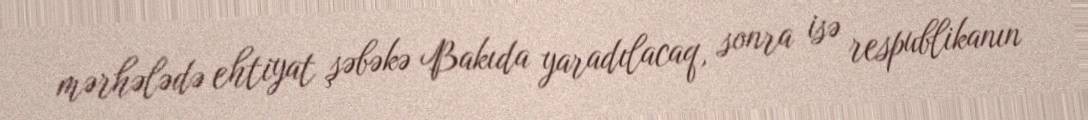
mərhələdə ehtiyat şəbəkə Bakıda yaradılacaq, sonra isə respublikanın